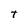
Character: t